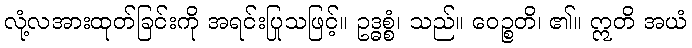
လုံ့လအားထုတ်ခြင်းကို အရင်းပြုသဖြင့်။ ဥဒ္ဓစ္စံ၊ သည်။ ဝေဉ္စတိ၊ ၏။ ဣတိ အယံ